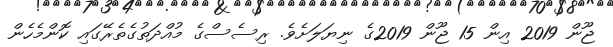
ޖޫން 2019 އިން 15 ޖޫން 2019ގެ ނިޔަލަށެވެ. ރިސެސްގެ މުއްދަތުގެތެރޭގައި ކޮންމެހެން